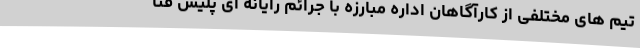
تیم های مختلفی از کارآگاهان اداره مبارزه با جرائم رایانه ای پلیس فتا